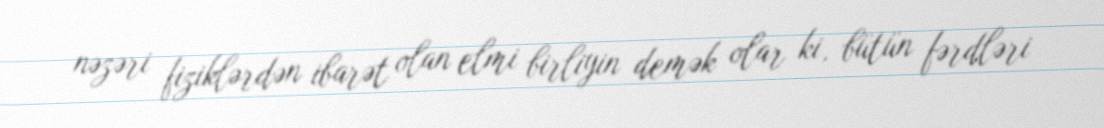
nəzəri fiziklərdən ibarət olan elmi birliyin demək olar ki, bütün fərdləri